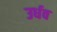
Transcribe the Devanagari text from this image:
उर्धव